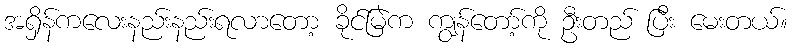
အရှိန်ကလေးနည်းနည်းရလာတော့ ခိုင်မြဲက ကျွန်တော့်ကို ဦးတည် ပြီး မေးတယ်။